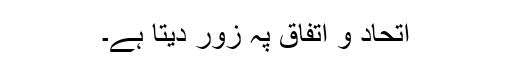
اتحاد و اتفاق پہ زور دیتا ہے۔